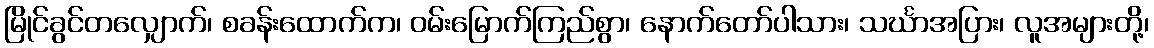
မြိုင်ခွင်တလျှောက်၊ စခန်းထောက်က၊ ဝမ်းမြောက်ကြည်စွာ၊ နောက်တော်ပါသား၊ သင်္ဃာအပြား၊ လူအများတို့၊